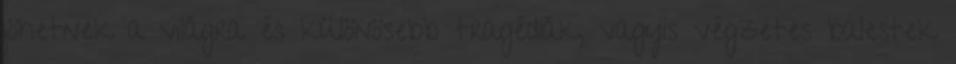
jöhetnek a világra és különösebb tragédiák, vagyis végzetes balestek